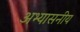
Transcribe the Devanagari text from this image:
अभ्यासनीय